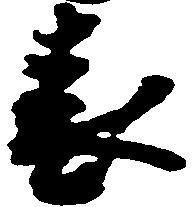
表